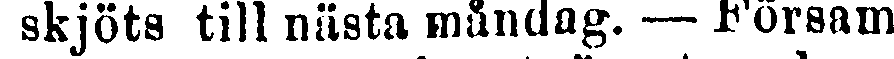
skjöts till nästa måndag. — Försam-